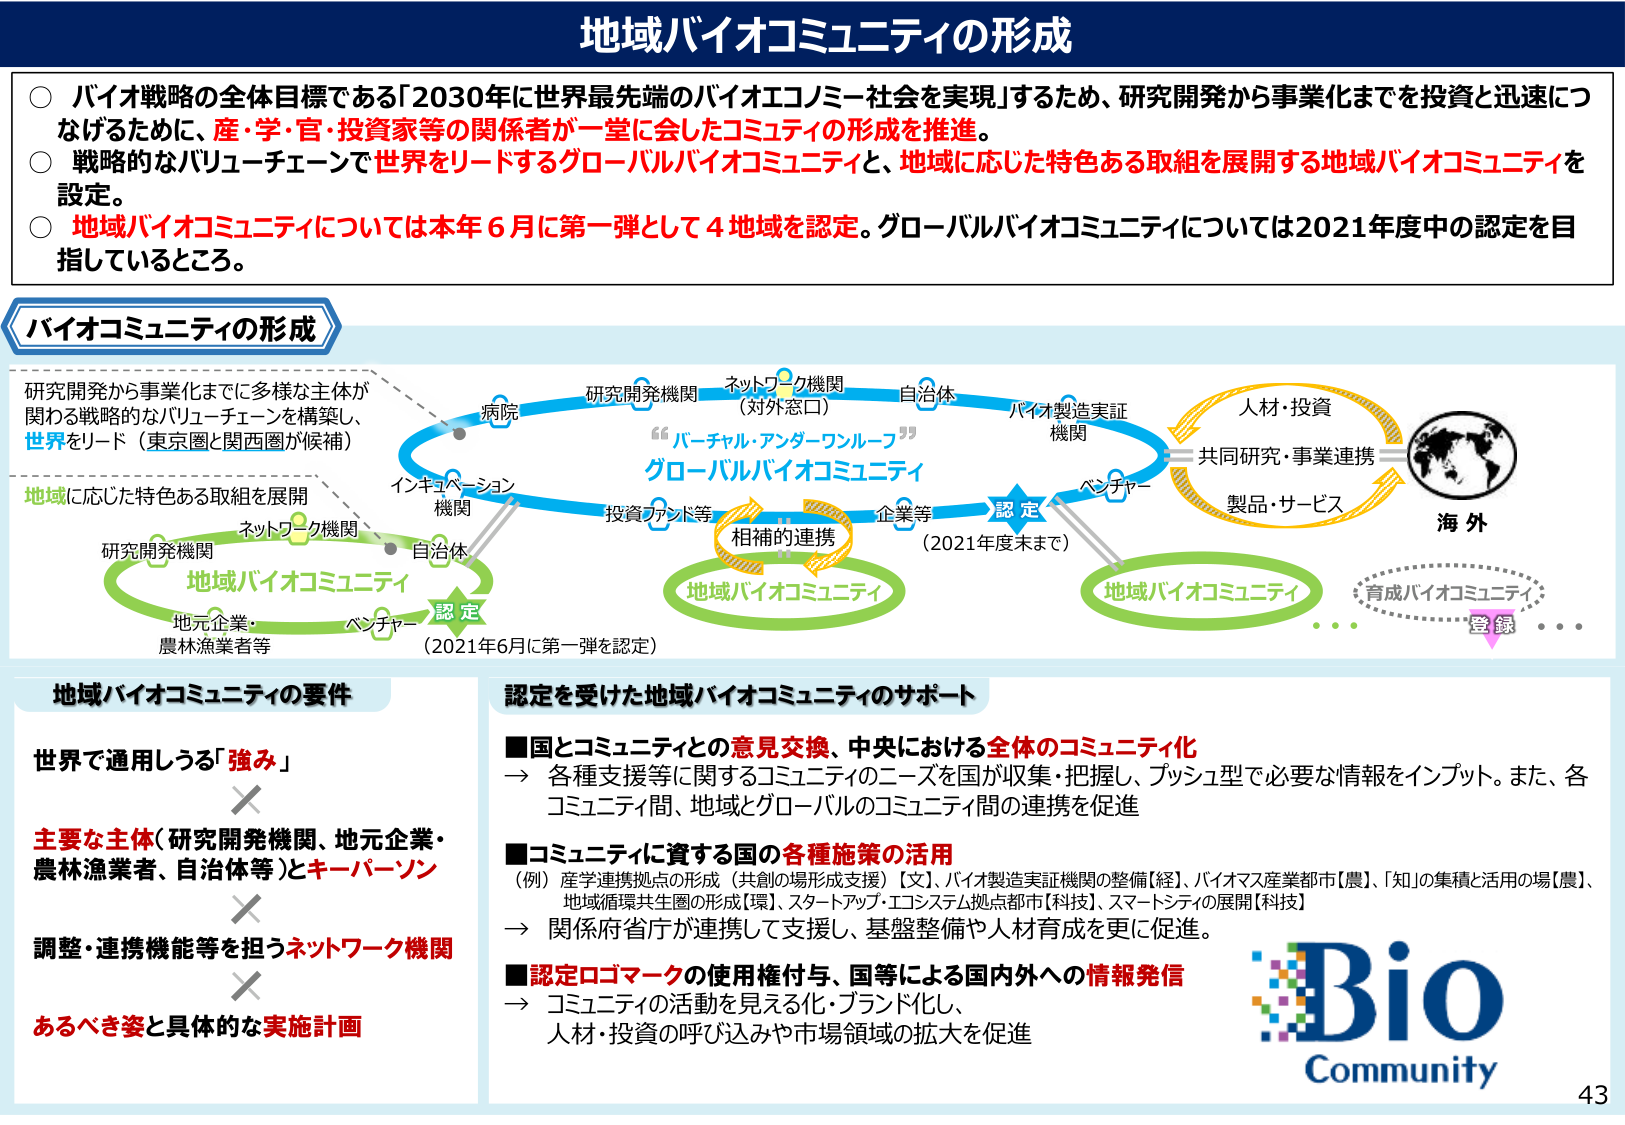
地域バイオコミュニティの形成

○ バイオ戦略の全体目標である「2030年に世界最先端のバイオエコノミー社会を実現」するため、研究開発から事業化までを投資と迅速につなげるために、産・学・官・投資家等の関係者が一堂に会したコミュニティの形成を推進。
○ 戦略的なバリューチェーンで世界をリードするグローバルバイオコミュニティと、地域に応じた特色ある取組を展開する地域バイオコミュニティを設定。
○ 地域バイオコミュニティについては本年6月に第一弾として4地域を認定。グローバルバイオコミュニティについては2021年度中の認定を目指しているところ。

バイオコミュニティの形成

研究開発から事業化までに多様な主体が関わる戦略的なバリューチェーンを構築し、世界をリード（東京圏と関西圏が候補）
地域に応じた特色ある取組を展開

ネットワーク機関
研究開発機関
自治体
地元企業・農林漁業者等
ベンチャー
認定
（2021年6月に第一弾を認定）

病院
研究開発機関
ネットワーク機関（対外窓口）
自治体
バイオ製造実証機関
ベンチャー
企業等
投資ファンド等
インキュベーション機関

“バーチャル・アンダーワンルーフ”
グローバルバイオコミュニティ

相補的連携
地域バイオコミュニティ

認定
（2021年度末まで）

人材・投資
共同研究・事業連携
製品・サービス
海外

地域バイオコミュニティ
…

育成バイオコミュニティ
登録
…

地域バイオコミュニティの要件

世界で通用しうる「強み」
×
主要な主体（研究開発機関、地元企業・農林漁業者、自治体等）とキーパーソン
×
調整・連携機能等を担うネットワーク機関
×
あるべき姿と具体的な実施計画

認定を受けた地域バイオコミュニティのサポート

■国とコミュニティとの意見交換、中央における全体のコミュニティ化
→ 各種支援等に関するコミュニティのニーズを国が収集・把握し、プッシュ型で必要な情報をインプット。また、各コミュニティ間、地域とグローバルのコミュニティ間の連携を促進

■コミュニティに資する国の各種施策の活用
（例）産学連携拠点の形成（共創の場形成支援）【文】、バイオ製造実証機関の整備【経】、バイオマス産業都市【農】、「知」の集積と活用の場【農】、地域循環共生圏の形成【環】、スタートアップ・エコシステム拠点都市【科技】、スマートシティの展開【科技】
→ 関係府省庁が連携して支援し、基盤整備や人材育成を更に促進。

■認定ロゴマークの使用権付与、国等による国内外への情報発信
→ コミュニティの活動を見える化・ブランド化し、人材・投資の呼び込みや市場領域の拡大を促進

Bio
Community

43